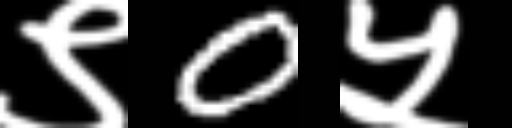
Text: ९0५